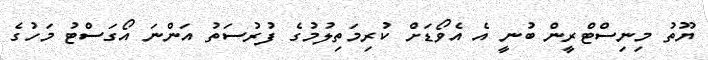
ޔޫތު މިނިސްޓްރީން ބުނީ އެ އެވޯޑަށް ކުރިމަތިލުމުގެ ފުރުސަތު އަންނަ އޯގަސްޓު މަހުގެ